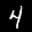
Label: 4